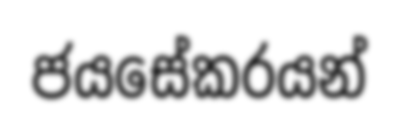
ජයසේකරයන්